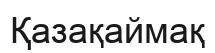
Қазақаймақ